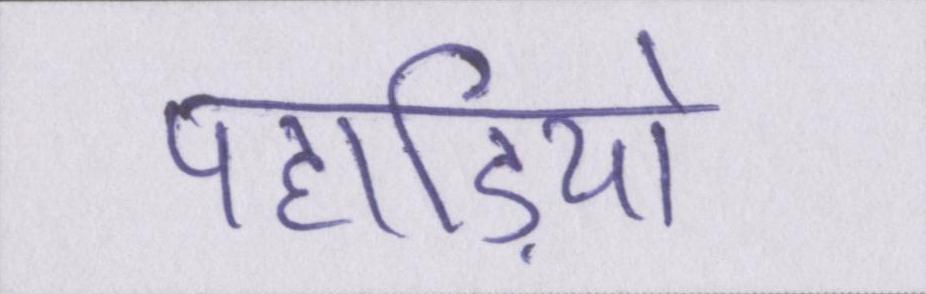
पहाड़ियो